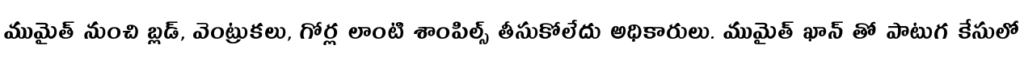
ముమైత్ నుంచి బ్లడ్, వెంట్రుకలు, గోర్ల లాంటి శాంపిల్స్ తీసుకోలేదు అధికారులు. ముమైత్ ఖాన్ తో పాటుగ కేసులో